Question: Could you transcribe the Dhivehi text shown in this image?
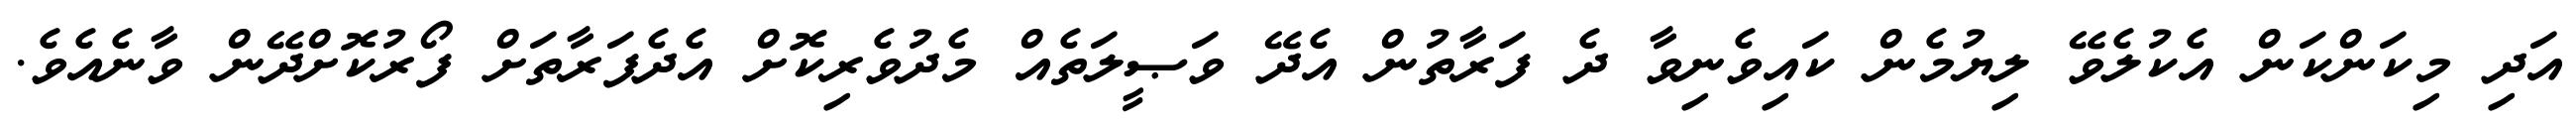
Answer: އަދި މިކަންކަން އެކުލެވޭ ލިޔުމެން ކައިވެނިވާ ދެ ފަރާތުން އެދޭ ވަޞީލަތެއް މެދުވެރިކޮށް އެދެފަރާތަށް ފޯރުކޮށްދޭން ވާނެއެވެ.